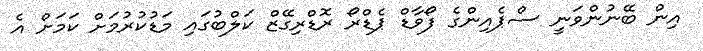
އިން ބޭނުންވަނީ ސްޕެއިންގެ ފޯވާޑް ޕެޑްރޯ ރޮޑްރިގޭޒް ކަލްބުގައި މަޑުކުރުމަށް ކަމަށް އެ